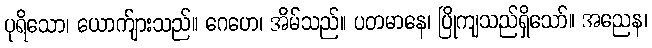
ပုရိသော၊ ယောက်ျားသည်။ ဂေဟေ၊ အိမ်သည်။ ပတမာနေ၊ ပြိုကျသည်ရှိသော်။ အညေန၊